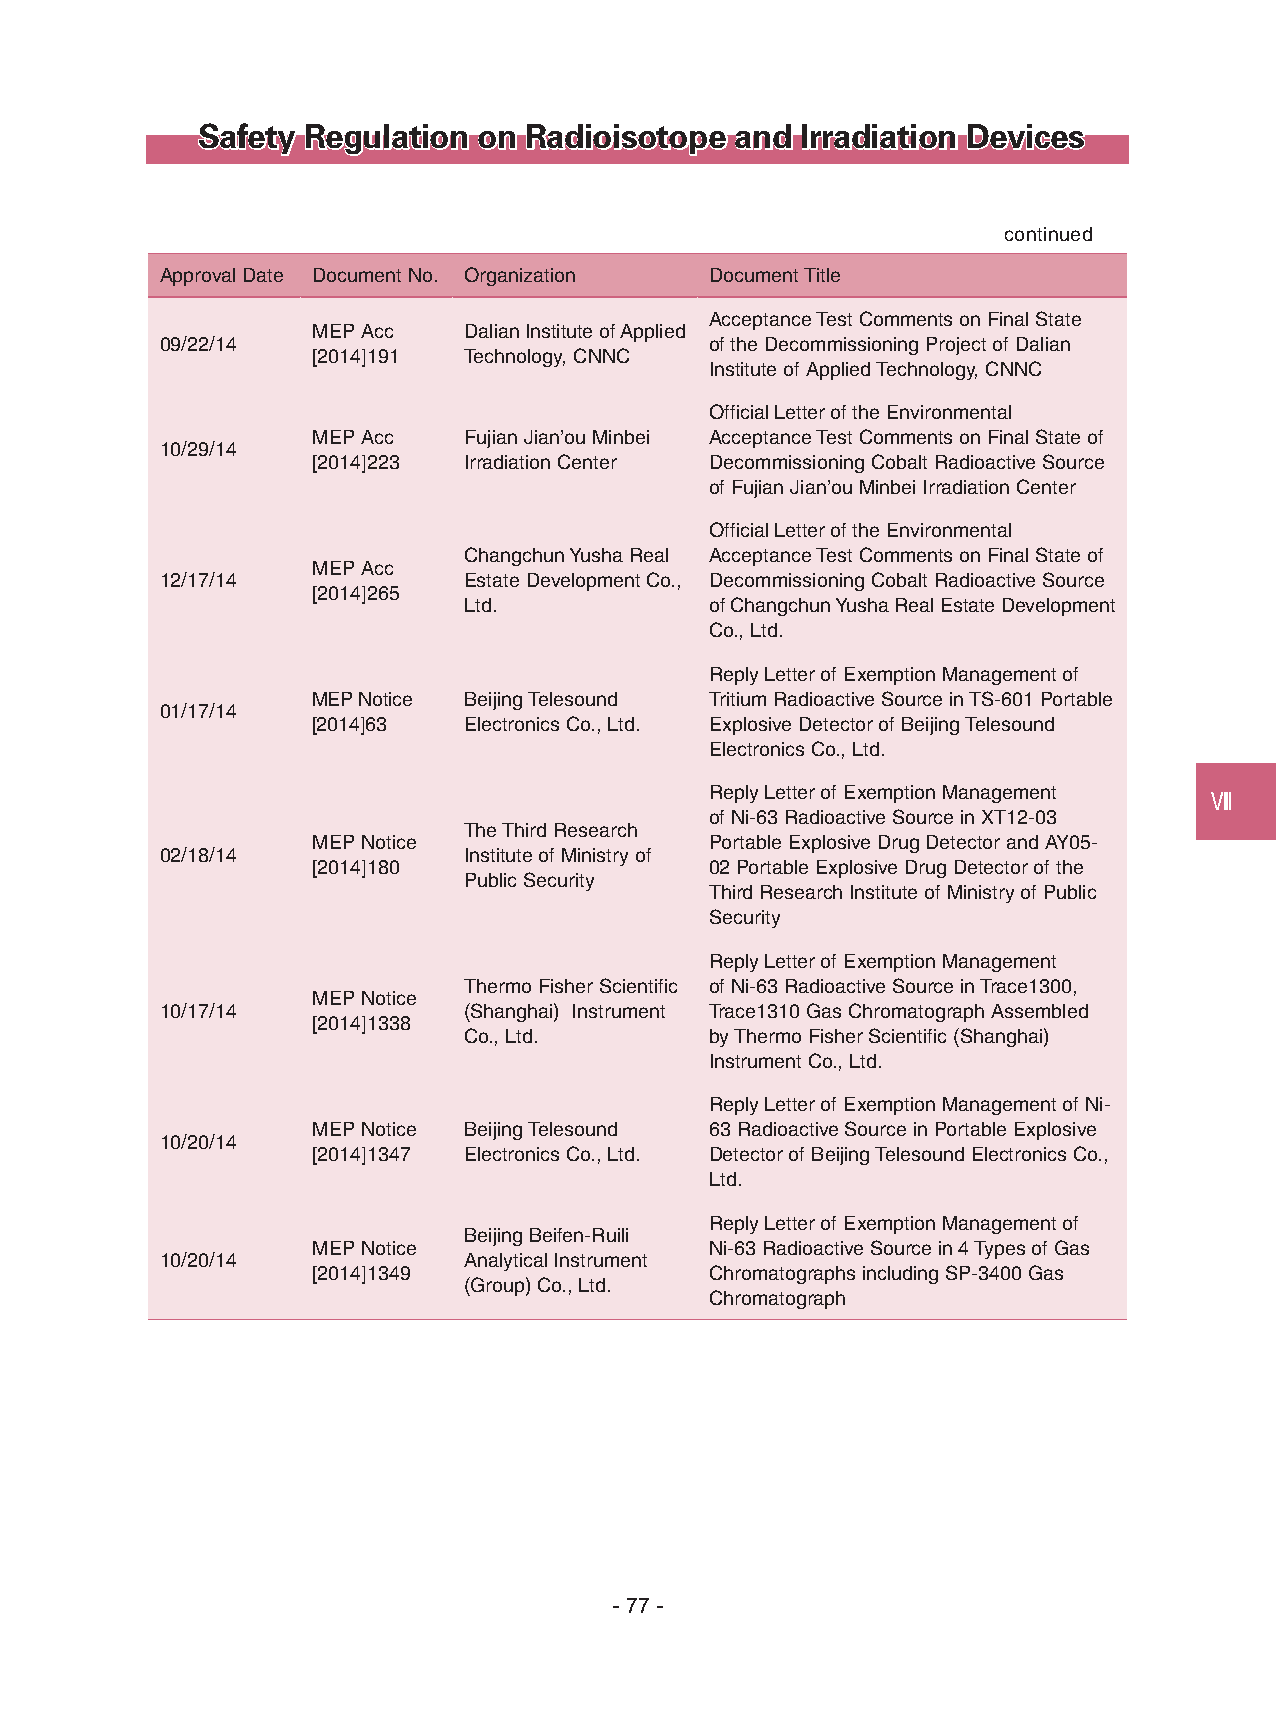
Safety Regulation  on Radioisotope  and Irradiation Devices
 continued
 Approval Date Document No. Organization Document Title
 Acceptance Test Comments on Final State
 MEP Acc   Dalian Institute of Applied
 09/22/14                            of the Decommissioning Project of Dalian
 [2014]191 Technology, CNNC
 Institute of Applied Technology, CNNC
 Official Letter of the Environmental
 MEP Acc   Fujian Jian’ou Minbei Acceptance Test Comments on Final State of
 10/29/14
 [2014]223 Irradiation Center Decommissioning Cobalt Radioactive Source
 of Fujian Jian’ou Minbei Irradiation Center
 Official Letter of the Environmental
 Changchun Yusha Real Acceptance Test Comments on Final State of
 MEP Acc
 12/17/14            Estate Development Co., Decommissioning Cobalt Radioactive Source
 [2014]265
 Ltd.            of Changchun Yusha Real Estate Development
 Co., Ltd.
 Reply Letter of Exemption Management of
 MEP Notice Beijing Telesound Tritium Radioactive Source in TS-601 Portable
 01/17/14
 [2014]63  Electronics Co., Ltd. Explosive Detector of Beijing Telesound
 Electronics Co., Ltd.
 Reply Letter of Exemption Management
 Ⅷ
 of Ni-63 Radioactive Source in XT12-03
 The Third Research
 MEP Notice                Portable Explosive Drug Detector and AY05-
 02/18/14            Institute of Ministry of
 [2014]180                 02 Portable Explosive Drug Detector of the
 Public Security
 Third Research Institute of Ministry of Public
 Security
 Reply Letter of Exemption Management
 Thermo Fisher Scientific of Ni-63 Radioactive Source in Trace1300,
 MEP Notice
 10/17/14            (Shanghai) Instrument Trace1310 Gas Chromatograph Assembled
 [2014]1338
 Co., Ltd.       by Thermo Fisher Scientific (Shanghai)
 Instrument Co., Ltd.
 Reply Letter of Exemption Management of Ni-
 MEP Notice Beijing Telesound 63 Radioactive Source in Portable Explosive
 10/20/14
 [2014]1347 Electronics Co., Ltd. Detector of Beijing Telesound Electronics Co.,
 Ltd.
 Reply Letter of Exemption Management of
 Beijing Beifen-Ruili
 MEP Notice                Ni-63 Radioactive Source in 4 Types of Gas
 10/20/14            Analytical Instrument
 [2014]1349                Chromatographs including SP-3400 Gas
 (Group) Co., Ltd.
 Chromatograph
 - 77 -